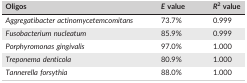
<table><thead><tr><td><b>Oligos</b></td><td><b><i>E</i> value</b></td><td><b><i>R</i><sup>2</sup> value</b></td></tr></thead><tbody><tr><td><i>Aggregatibacter actinomycetemcomitans</i></td><td>73.7%</td><td>0.999</td></tr><tr><td><i>Fusobacterium nucleatum</i></td><td>85.9%</td><td>0.999</td></tr><tr><td><i>Porphyromonas gingivalis</i></td><td>97.0%</td><td>1.000</td></tr><tr><td><i>Treponema denticola</i></td><td>80.9%</td><td>1.000</td></tr><tr><td><i>Tannerella forsythia</i></td><td>88.0%</td><td>1.000</td></tr></tbody></table>